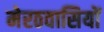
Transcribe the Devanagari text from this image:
मेरठवासियों